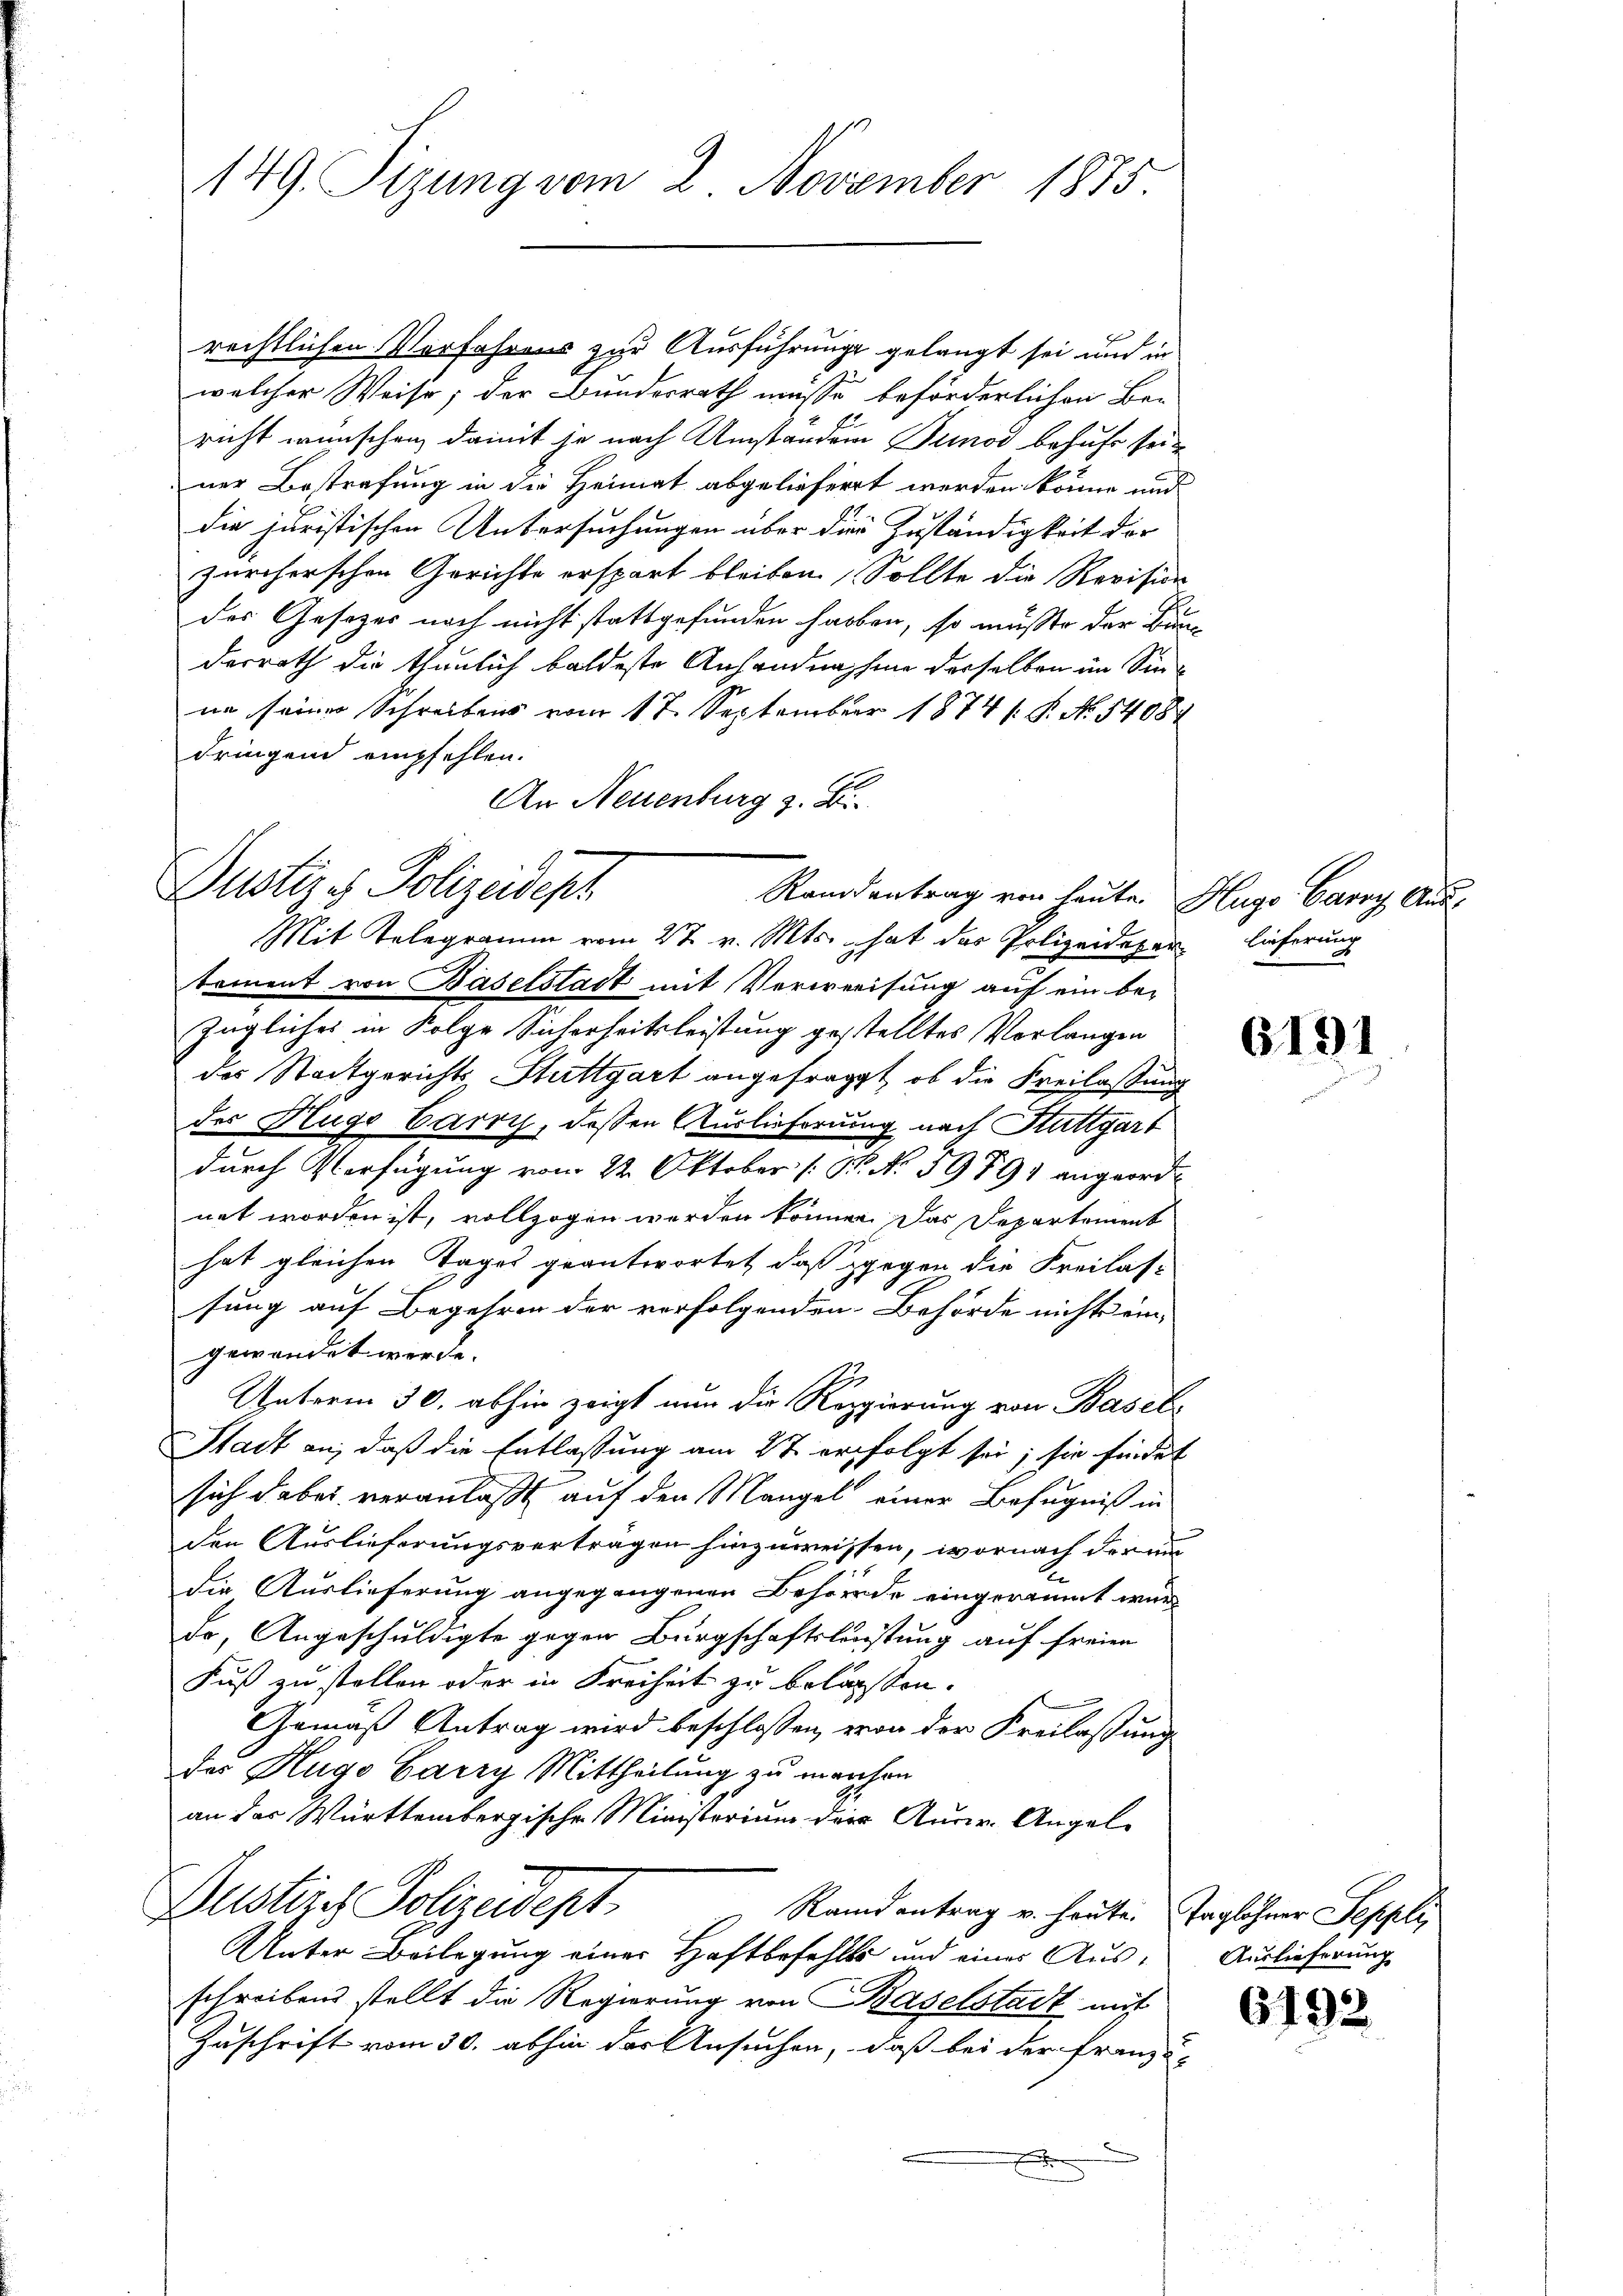
149. Sizung vom 2. November 1875.

Justiz & Polizeidept
Randantrag von heute. Hugo Carry Aus¬
Mit Telegramm vom 27. v. Mts., hat das Polizeideter lieferung

rechtlichen Vorfahrens zur Ausführung gelangt sei und in
welcher Weise; der Bundesrath müsse beförderlichen Be-
richt wünschen, damit je nach Umständung Junoo behufe seiner Bestrafung in die Heimat abgelieferrt werden könne und
die juristischen Untersuchungen über die Zuständigkeit der
zürcherschen Gerichte erspart bleiben Sollte die Revision
des Gesetzes noch nicht stattgefunden haben, so mußte der die
derrath die thunlich baldeste Anhandnahme derselben im Sinne seiner Schreibens vom 17. September 1874. P. No 5408
dringend empfehlen.
An Neuenburg z. B.
tement von Baselstadt mit Verweisung auf ein be-
zügliches in Folge Sicherheitsleistung gestelltes Vorlangen
des Stadtgerichts Stuttgart angefragt, ob die Freilassung
der Hugo Carri, dessen Auslieferung nach Stuttgart
durch Verfügung vom 22 Oktober B. No 59791 angeordnet worden ist, vollzogen werden können. Das Departement
hat gleichen Tages geantwortet, daß gegen die Freilassung auf Begehren der verfolgenden Behörde nichts ein-
gewendet werde. |
2
Unterm 30. abhin zeigt nun die Regierung von Basel
Stadt an, daß die Entlassung am 27 erfolgt sei; sie findet
sich dabei veranlaßt auf den Mangel einer Befugniß in
den Auslieferungsvertragen hinzuweissen, wornach der au
die Auslieferung angegangenen Behörde eingeräumt war
dr, Angeschuldigte gegen Bürgschaftsleistung auf freien
Fuß zu stellen oder in Freiheit zu belassen.
Gemäß Antrag wird beschlossen, von der Freilassung
das Hugo Carry Mittheilung zu manchen
an das Württembergische Ministerium der Aurer-Angel¬
Dustizs Polizeidept
Randantrag u. heute. Taglohner Seppli
Unter Beilegung einer Haftbefehlte und eines Ausschreibend stellt die Regierung von Baselstadt mit
Zuschrift vom 30. abhin der Ansuchen, daß bei der Franzö-
x

2

6191

Auslieferung

619.